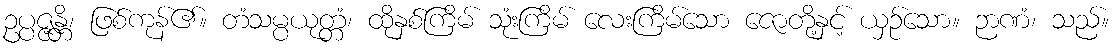
ဥပ္ပဇ္ဇန္တိ၊ ဖြစ်ကုန်၏။ တံသမ္ပယုတ္တံ၊ ထိုနှစ်ကြိမ် သုံးကြိမ် လေးကြိမ်သော ဇောတို့နှင့် ယှဉ်သော။ ဉာဏံ၊ သည်။